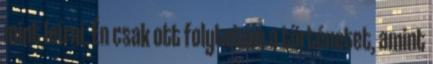
mint leírni. Én csak ott folytatom a történetet, amint